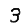
Digit: 3